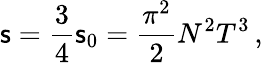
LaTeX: \mathsf{s}=\frac{3}{4}\mathsf{s}_{0}=\frac{{\pi^{2}}}{2}N^{2}T^{3}\, ,